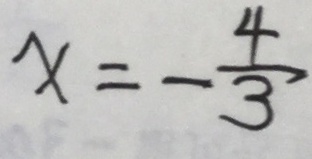
x = - \frac { 4 } { 3 }